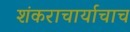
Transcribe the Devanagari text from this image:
शंकराचार्याचाच